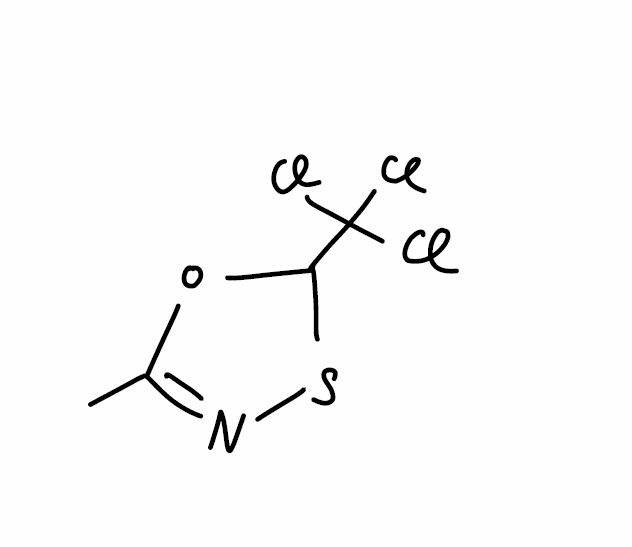
Simplified molecular-input line-entry system (SMILES) notation of the given molecule:
CC1=NSC(O1)C(Cl)(Cl)Cl